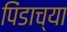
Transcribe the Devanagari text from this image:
पिंडाच्या